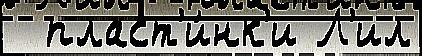
  пласт'и́нк'и Л'ил